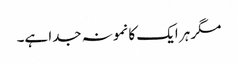
مگر ہر ایک کا نمونہ جدا ہے۔